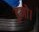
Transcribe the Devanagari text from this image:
टुमो।